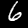
Digit: 6